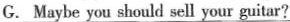
G. Maybe you should sell your guitar?